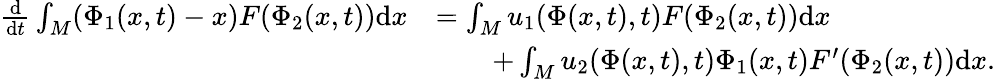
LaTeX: \begin{array}{rl}{\frac{\mathrm{d}}{\mathrm{d}t}\int_{M}(\Phi_{1}(x,t)-x)F(\Phi_{2}(x,t))\mathrm{d}x}&{=\int_{M}u_{1}(\Phi(x,t),t)F(\Phi_{2}(x,t))\mathrm{d}x}\\ &{\qquad+\int_{M}u_{2}(\Phi(x,t),t)\Phi_{1}(x,t)F^{\prime}(\Phi_{2}(x,t))\mathrm{d}x.}\end{array}